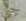
حتى